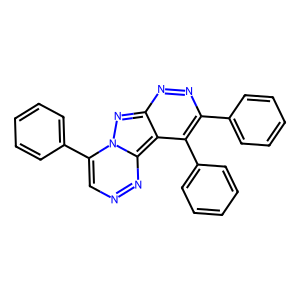
SMILES: c1ccc(-c2nnc3nn4c(-c5ccccc5)cnnc4c3c2-c2ccccc2)cc1
Inhibits HIV replication: No